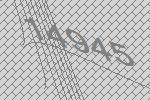
14945